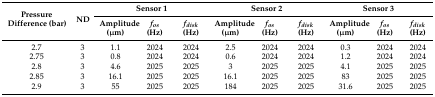
| <ROWSPAN=2> Pressure Difference (bar) | <ROWSPAN=2> ND | <COLSPAN=3> Sensor 1 | <COLSPAN=3> Sensor 2 | <COLSPAN=3> Sensor 3 |
 | Amplitude (μm) | fos (Hz) | fdisk (Hz) | Amplitude (μm) | fos (Hz) | fdisk (Hz) | Amplitude (μm) | fos (Hz) | fdisk (Hz) |
 | --- | --- | --- | --- | --- | --- | --- | --- | --- | --- | --- |
 | 2.7 | 3 | 1.1 | 2024 | 2024 | 2.5 | 2024 | 2024 | 0.3 | 2024 | 2024 |
 | 2.75 | 3 | 0.8 | 2024 | 2024 | 0.6 | 2024 | 2024 | 1.2 | 2024 | 2024 |
 | 2.8 | 3 | 4.6 | 2025 | 2025 | 3 | 2025 | 2025 | 4.1 | 2025 | 2025 |
 | 2.85 | 3 | 16.1 | 2025 | 2025 | 16.1 | 2025 | 2025 | 83 | 2025 | 2025 |
 | 2.9 | 3 | 55 | 2025 | 2025 | 184 | 2025 | 2025 | 31.6 | 2025 | 2025 |